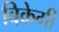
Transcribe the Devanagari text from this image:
बिकेगी